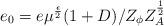
LaTeX: \begin{align*}e_0 = e\mu^{\frac{\epsilon}{2}} (1+D)/Z_\phi Z_A^{\frac{1}{2}} \end{align*}